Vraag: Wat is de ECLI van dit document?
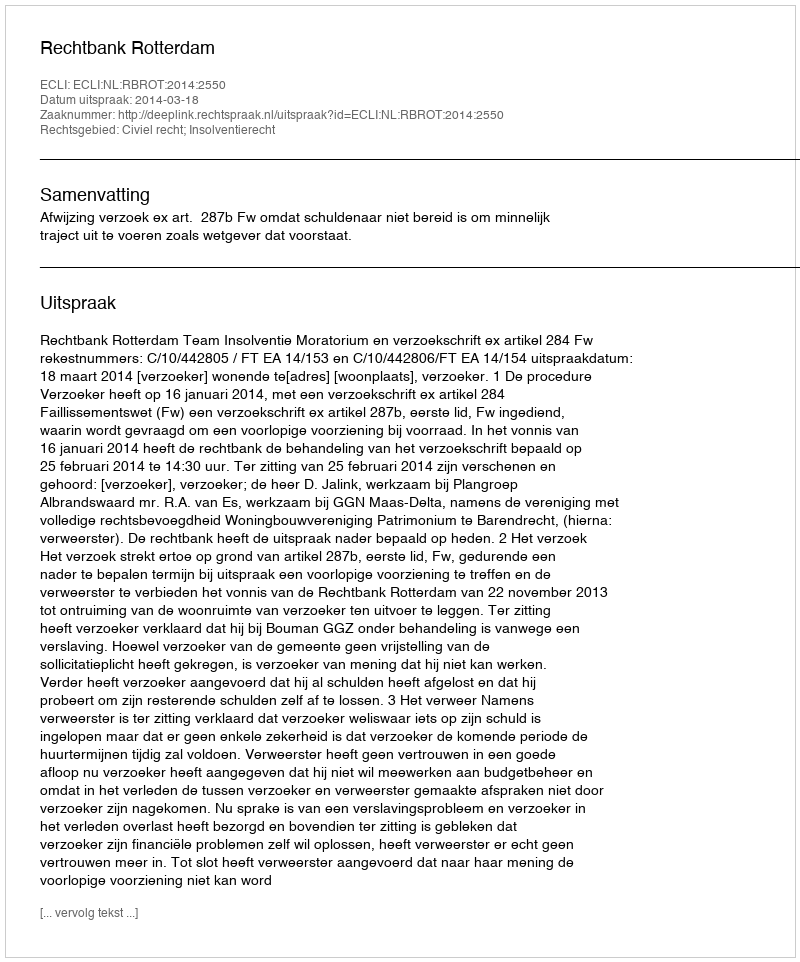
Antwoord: ECLI:NL:RBROT:2014:2550